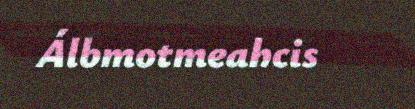
Álbmotmeahcis